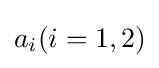
a_{i}(i=1,2)